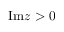
\mathrm { I m } z > 0